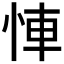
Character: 𢚷